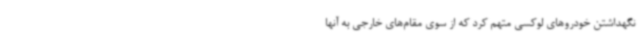
نگهداشتن خودروهای لوکسی متهم کرد که از سوی مقام‌های خارجی به آنها